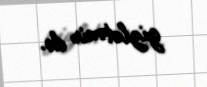
gizlətmir də.